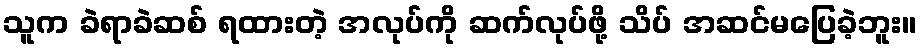
သူက ခဲရာခဲဆစ် ရထားတဲ့ အလုပ်ကို ဆက်လုပ်ဖို့ သိပ် အဆင်မပြေခဲ့ဘူး။